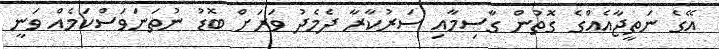
އޭގެ ނަތީޖާއެއްގެ ގޮތުން ގާސިމާއި ސަރުކާރާ ދެމެދު ވަރަށް ބޮޑު ނުތަނަވަސްކަމެއް ވަނީ